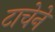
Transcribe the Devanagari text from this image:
टाचेने